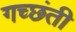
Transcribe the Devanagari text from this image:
गच्छंती